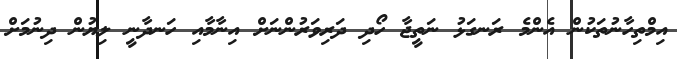
އިމްތިހާނުތަކުން އެންމެ ރަނގަޅު ނަތީޖާ ހޯދި ދަރިވަރުންނަށް އިނާމާއި ހަނދާނީ ލިޔުން ދިނުމަށް